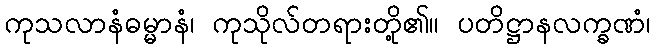
ကုသလာနံဓမ္မာနံ၊ ကုသိုလ်တရားတို့၏။ ပတိဋ္ဌာနလက္ခဏံ၊